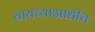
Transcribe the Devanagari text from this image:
यायच्याआधीच